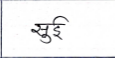
मजकूर: सुई